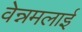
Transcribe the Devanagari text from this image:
वेन्नमलाई